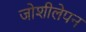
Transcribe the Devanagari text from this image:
जोशीलेपन